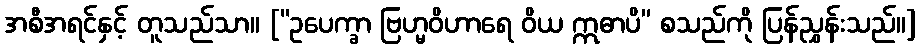
အစီအရင်နှင့် တူသည်သာ။ [“ဥပေက္ခာ ဗြဟ္မဝိဟာရေ ဝိယ ဣဓာပိ” စသည်ကို ပြန်ညွှန်းသည်။]